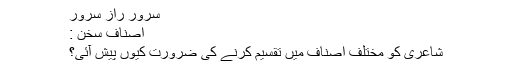
سرور راز سرور
اصنافِ سخن :
شاعری کو مختلف اصناف میں تقسیم کرنے کی ضرورت کیوں پیش آئی؟